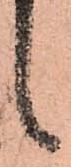
候